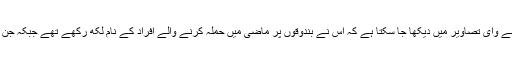
حملہ آور اور اس کے زیر استعمال اسلحہ کی سامنے آنے وای تصاویر میں دیکھا جا سکتا ہے کہ اس نے بندوقوں پر ماضی میں حملہ کرنے والے افراد کے نام لکھ رکھے تھے جبکہ جن مقامات پر حملے کیے گئے ان کے نام بھی درج تھے۔